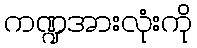
ကဏ္ဍအားလုံးကို